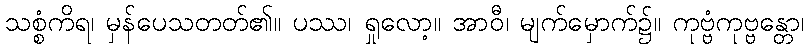
သစ္စံကိရ၊ မှန်ပေသတတ်၏။ ပဿ၊ ရှုလော့။ အာဝီ၊ မျက်မှောက်၌။ ကုဗ္ဗံကုဗ္ဗန္တော၊